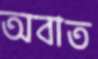
অবাত